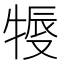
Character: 𤚨